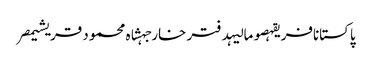
پاکستانافریقہصومالیہدفتر خارجہشاہ محمود قریشیمصر